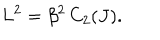
L ^ { 2 } = \beta ^ { 2 } \, C _ { 2 } ( J ) .